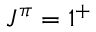
J ^ { \pi } = 1 ^ { + }